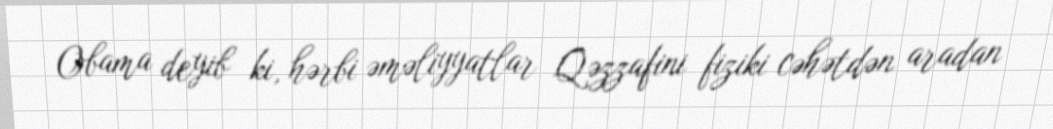
Obama deyib ki, hərbi əməliyyatlar Qəzzafini fiziki cəhətdən aradan